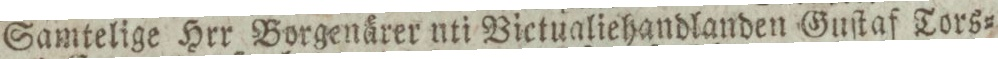
Samtelige Hrr Borgenärer uti Victualiehandlanden Guſtaf Tors=